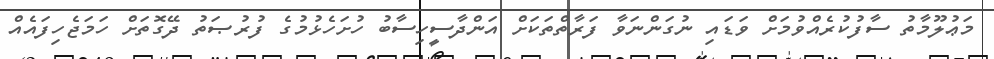
މަޢުލޫމާތު ސާފުކުރެއްވުމަށް ވަޑައި ނުގަންނަވާ ފަރާތްތަކަށް އަންދާސީހިސާބު ހުށަހެޅުމުގެ ފުރުޞަތު ދޭގޮތަށް ހަމަޖެހިފައެއް